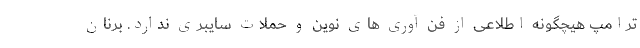
ترامپ هیچگونه اطلاعی از فن آوری های نوین و حملات سایبری ندارد. برنان